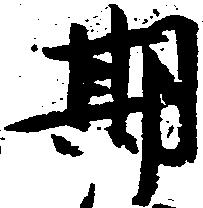
期